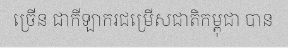
ច្រើន ជាកីឡាករជម្រើសជាតិកម្ពុជា បាន